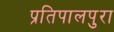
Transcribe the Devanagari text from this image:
प्रतिपालपुरा